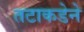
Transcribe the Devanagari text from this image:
तटाकडेने